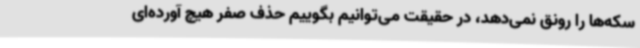
سکه‌ها را رونق نمی‌دهد، در حقیقت می‌توانیم بگوییم حذف صفر هیچ آورده‌ای